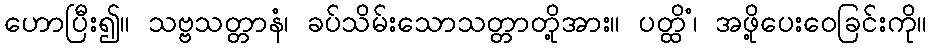
ဟောပြီး၍။ သဗ္ဗသတ္တာနံ၊ ခပ်သိမ်းသောသတ္တာတို့အား။ ပတ္ထိံ၊ အဖို့ပေးဝေခြင်းကို။